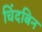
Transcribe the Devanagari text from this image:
चिंदबिन